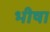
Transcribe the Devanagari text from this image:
भीषा